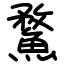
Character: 䱯